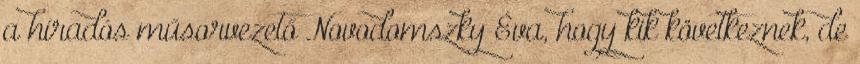
a híradós műsorvezető Novodomszky Éva, hogy kik következnek, de